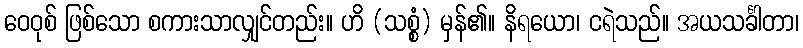
ဝေဝုစ် ဖြစ်သော စကားသာလျှင်တည်း။ ဟိ (သစ္စံ) မှန်၏။ နိရယော၊ ငရဲသည်။ အယသင်္ခါတာ၊